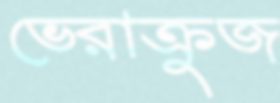
ভেরাক্রুজ